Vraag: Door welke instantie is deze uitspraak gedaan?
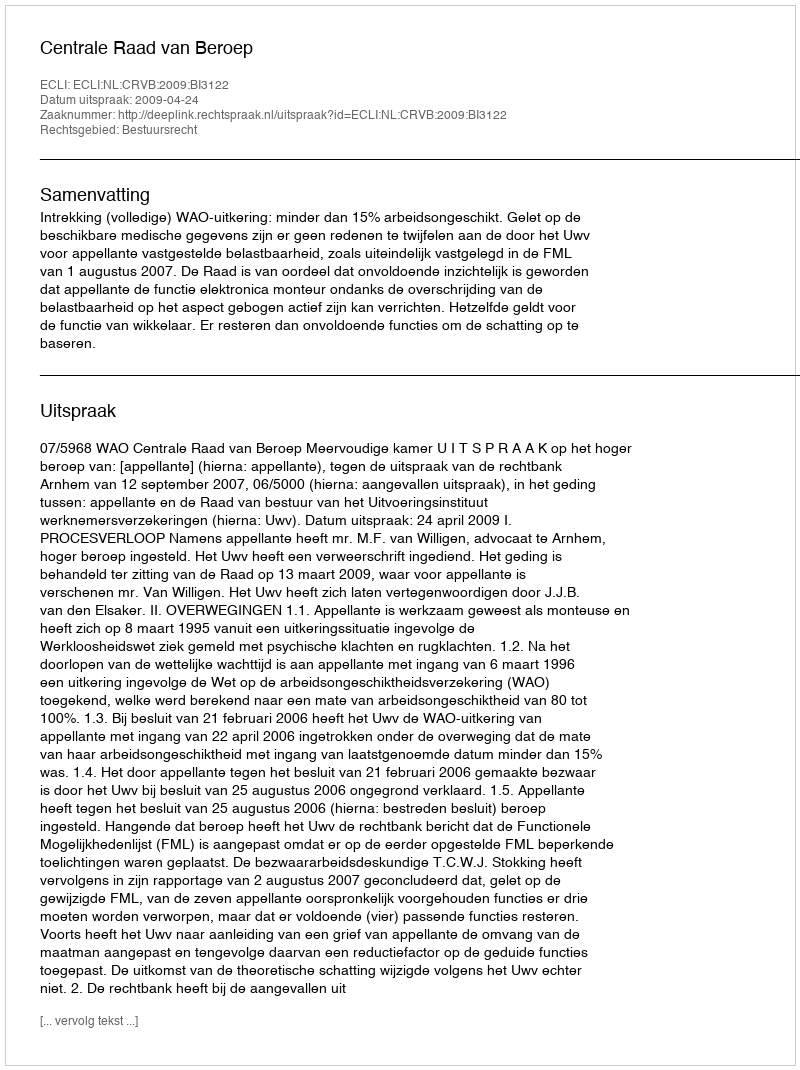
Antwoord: Centrale Raad van Beroep